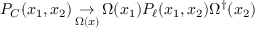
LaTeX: P _ { C } ( x _ { 1 } , x _ { 2 } ) \mathop \to _ { \Omega ( x ) } \Omega ( x _ { 1 } ) P _ { \ell } ( x _ { 1 } , x _ { 2 } ) \Omega ^ { \dagger } ( x _ { 2 } )